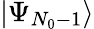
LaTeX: |\Psi_{N_{0}-1}\rangle